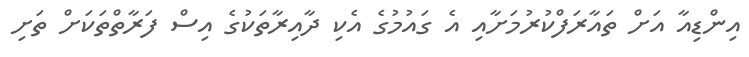
އިންޑިއާ އަށް ތައާރަފްކުރުމަށާއި އެ ގައުމުގެ އެކި ދާއިރާތަކުގެ އިސް ފަރާތްތަކަށް ތަށި